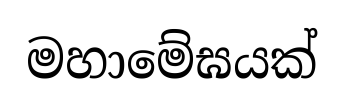
මහාමේඝයක්